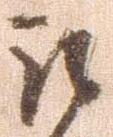
被